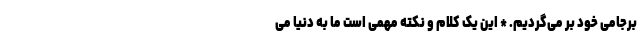
برجامی خود بر می‌گردیم. * این یک کلام و نکته مهمی است ما به دنیا می